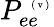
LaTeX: P_{ee}^{\mathrm{~\tiny~(~v~)~}}